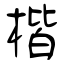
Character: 楷